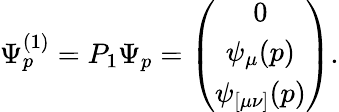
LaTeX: \Psi_{p}^{(1)}=P_{1}\Psi_{p}=\left(\begin{array}{c}{{0}}\\ {{\psi_{\mu}(p)}}\\ {{\psi_{[\mu\nu]}(p)}}\end{array}\right).